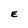
Character: E